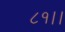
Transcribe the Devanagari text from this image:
८१।।